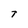
Character: T